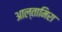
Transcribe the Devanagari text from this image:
आल्तामिरा